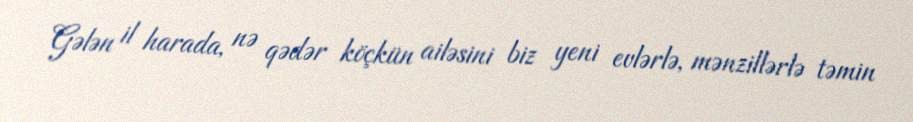
Gələn il harada, nə qədər köçkün ailəsini biz yeni evlərlə, mənzillərlə təmin